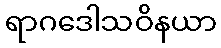
ရာဂဒေါသဝိနယာ